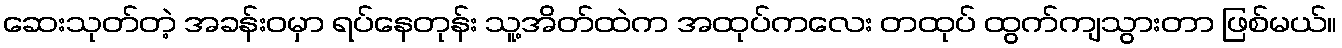
ဆေးသုတ်တဲ့ အခန်းဝမှာ ရပ်နေတုန်း သူ့အိတ်ထဲက အထုပ်ကလေး တထုပ် ထွက်ကျသွားတာ ဖြစ်မယ်။